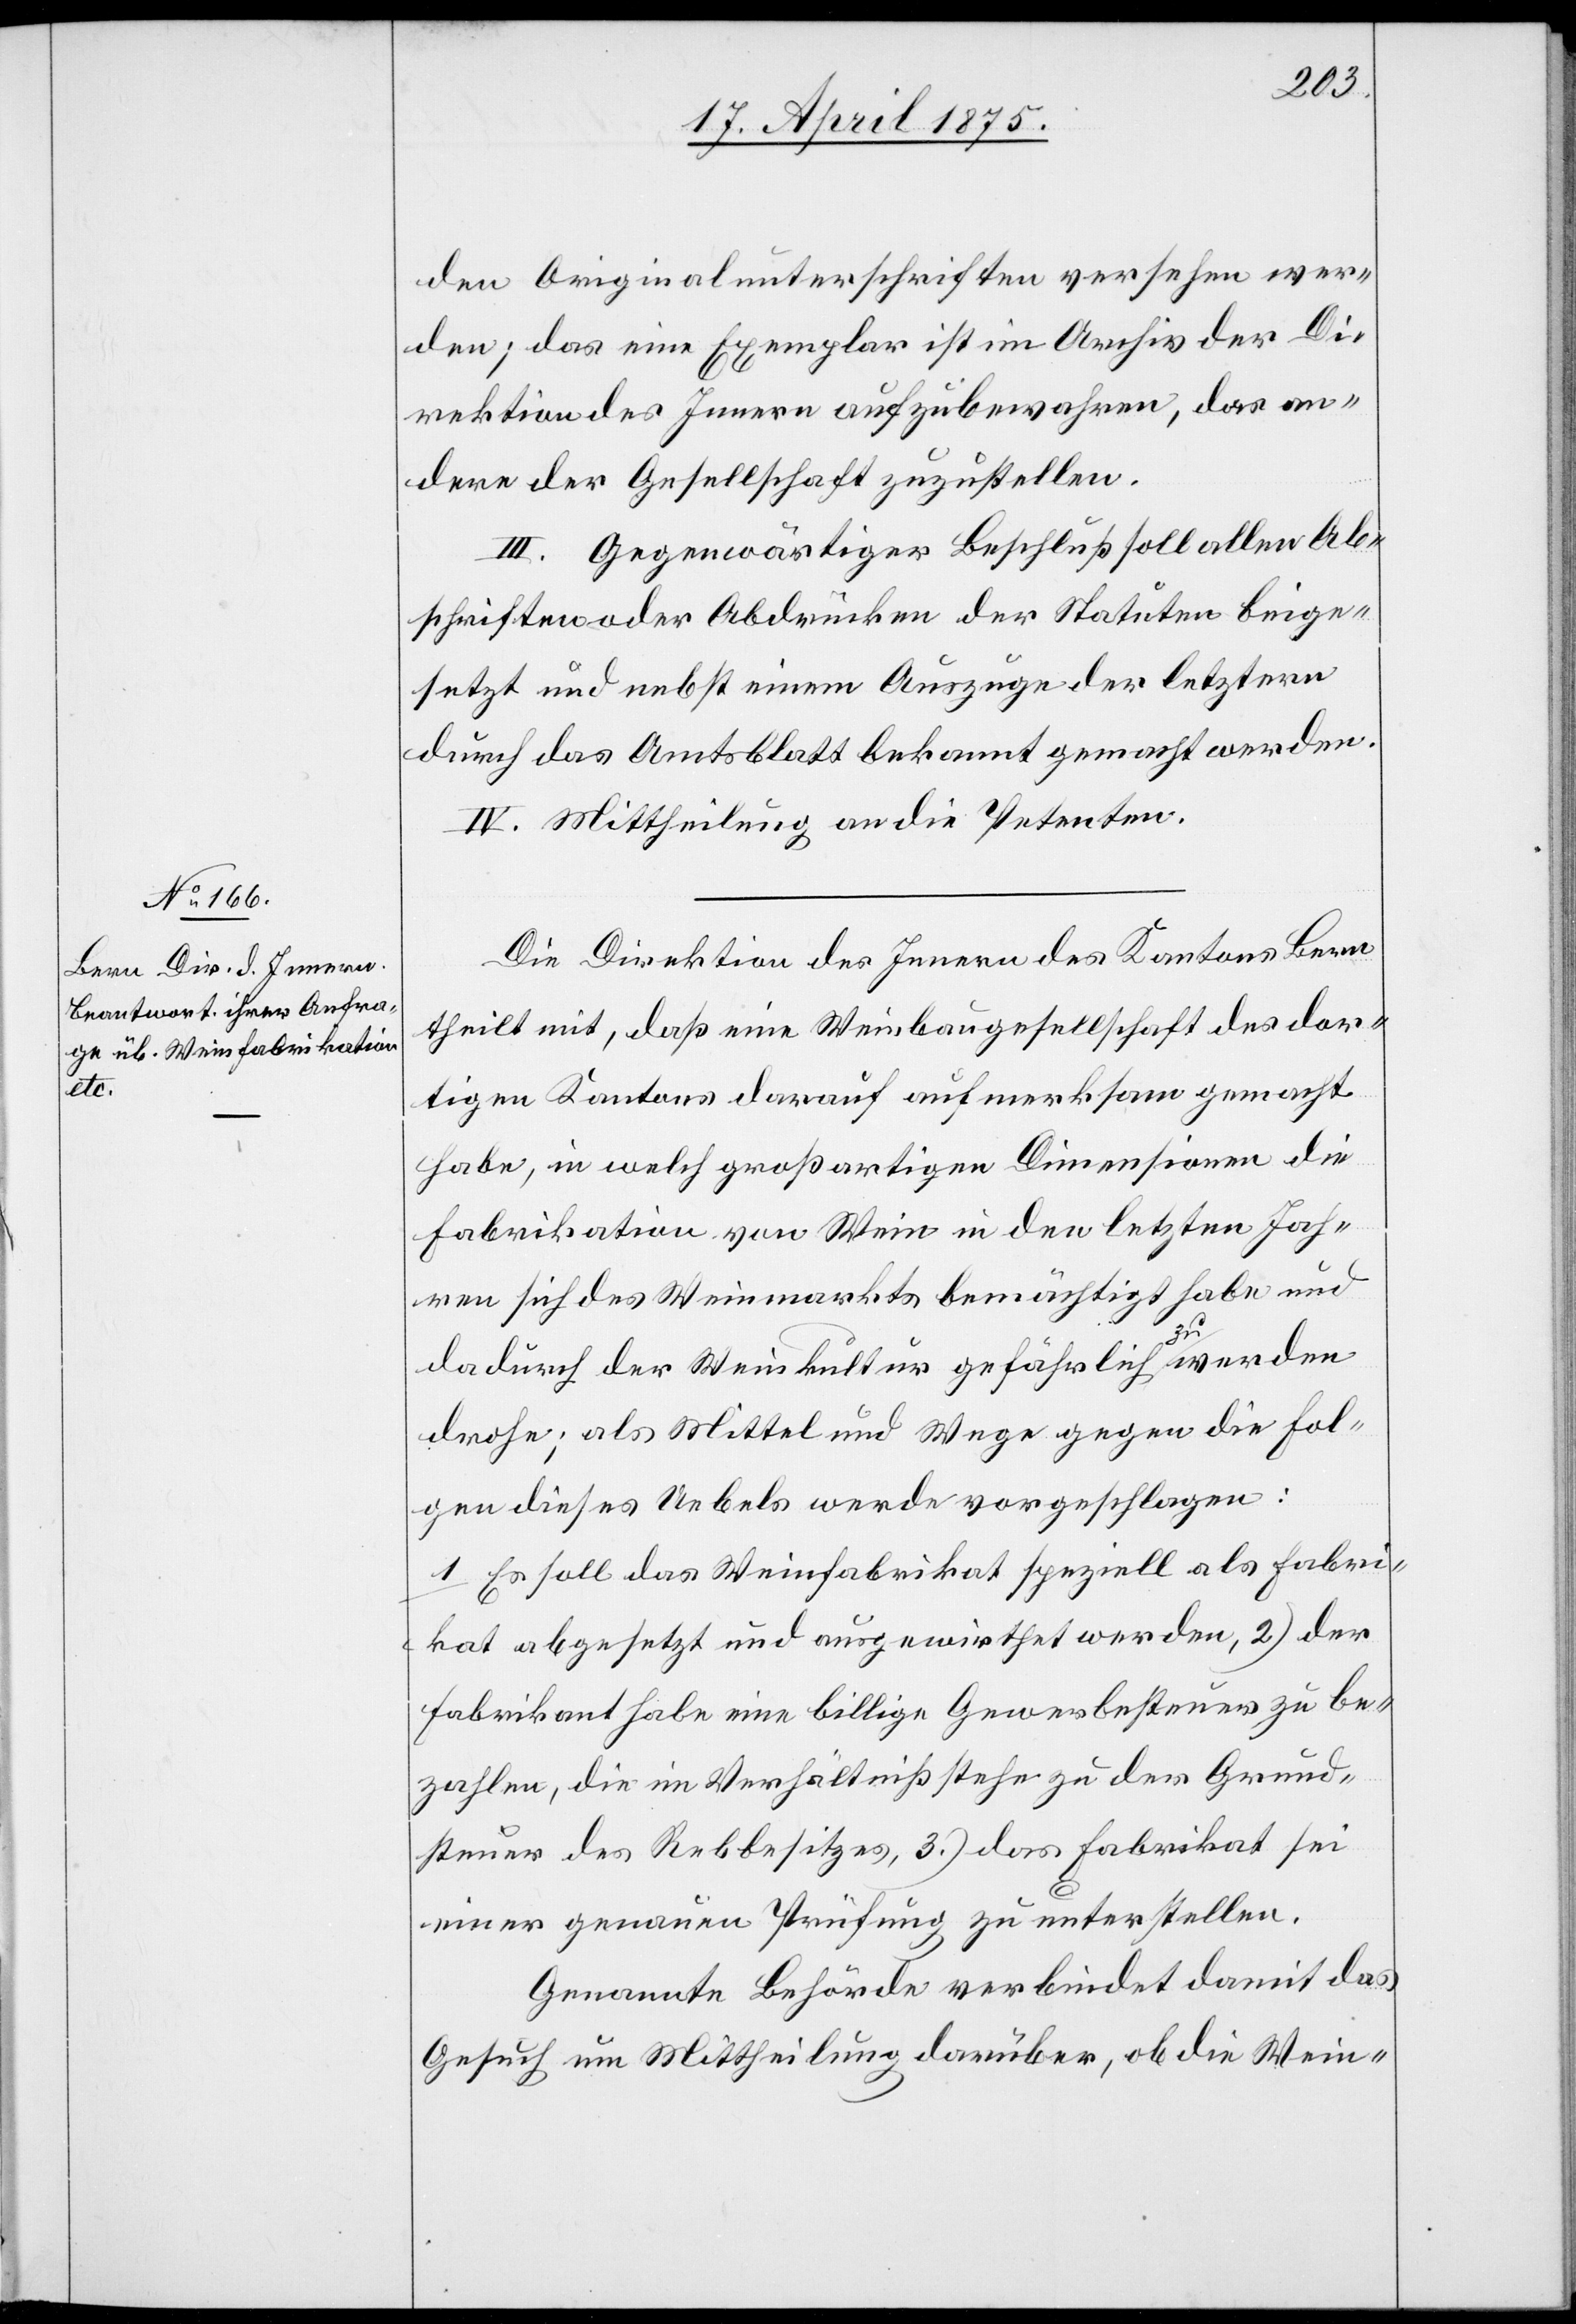
den Originalunterschriften vorsehen wer¬
den; das eine Exemplar ist im Archiv der Di¬
rektion des Innern aufzubewahren, das an¬
dere der Gesellschaft zuzustellen.
III. Gegenwärtiger Beschluß soll allen Ab¬
schriften oder Abdrücken der Statuten beige¬
setzt und nebst einem Auszuge der letztern
durch das Amtsblatt bekannt gemacht werden.
IV. Mittheilung an die Petenten.
Die Direktion des Innern des Kantons Bern
theilt mit, daß eine Weinbaugesellschaft des dor¬
tigen Kantons darauf aufmerksam gemacht
habe, in welch großartiger Dimension die
Fabrikation von Wein in den letzten Jah¬
ren sich des Weinmarkts bemächtigt habe und
dadurch der Weinkultur gefährlich zu werden
drohe; als Mittel und Wege gegen die Fol¬
gen dieses Uebels werde vorgeschlagen:
1 es soll das Weinfabrikat speziell als Fabri¬
kat abgesetzt und ausgewirthet werden, 2 der
Fabrikant habe eine billige Gewerbesteuer zu be¬
zahlen, die im Verhältniß stehe zu der Grund¬
steuer des Rebbesitzes, 3. das Fabrikat sei
einer genauen Prüfung zu unterstellen.
Genannte Behörde verbindet damit das
Gesetz um Mittheilung darüber, ob die Wein-